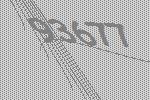
93677